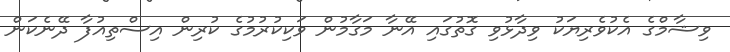
ވިޝާމްގެ އެކުވެރިޔަކު ވިދާޅުވި ގޮތުގައި އޭނާ މަގާމުން ވަކިކުރުމުގެ ކުރިން އިސްތިއުފާ ދޭނެކަން